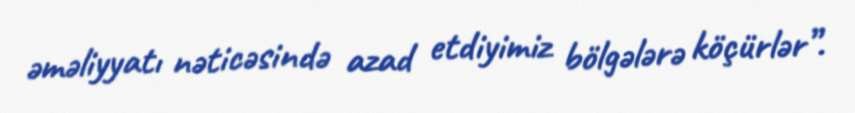
əməliyyatı nəticəsində azad etdiyimiz bölgələrə köçürlər”.